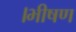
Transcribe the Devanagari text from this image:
।भीषण